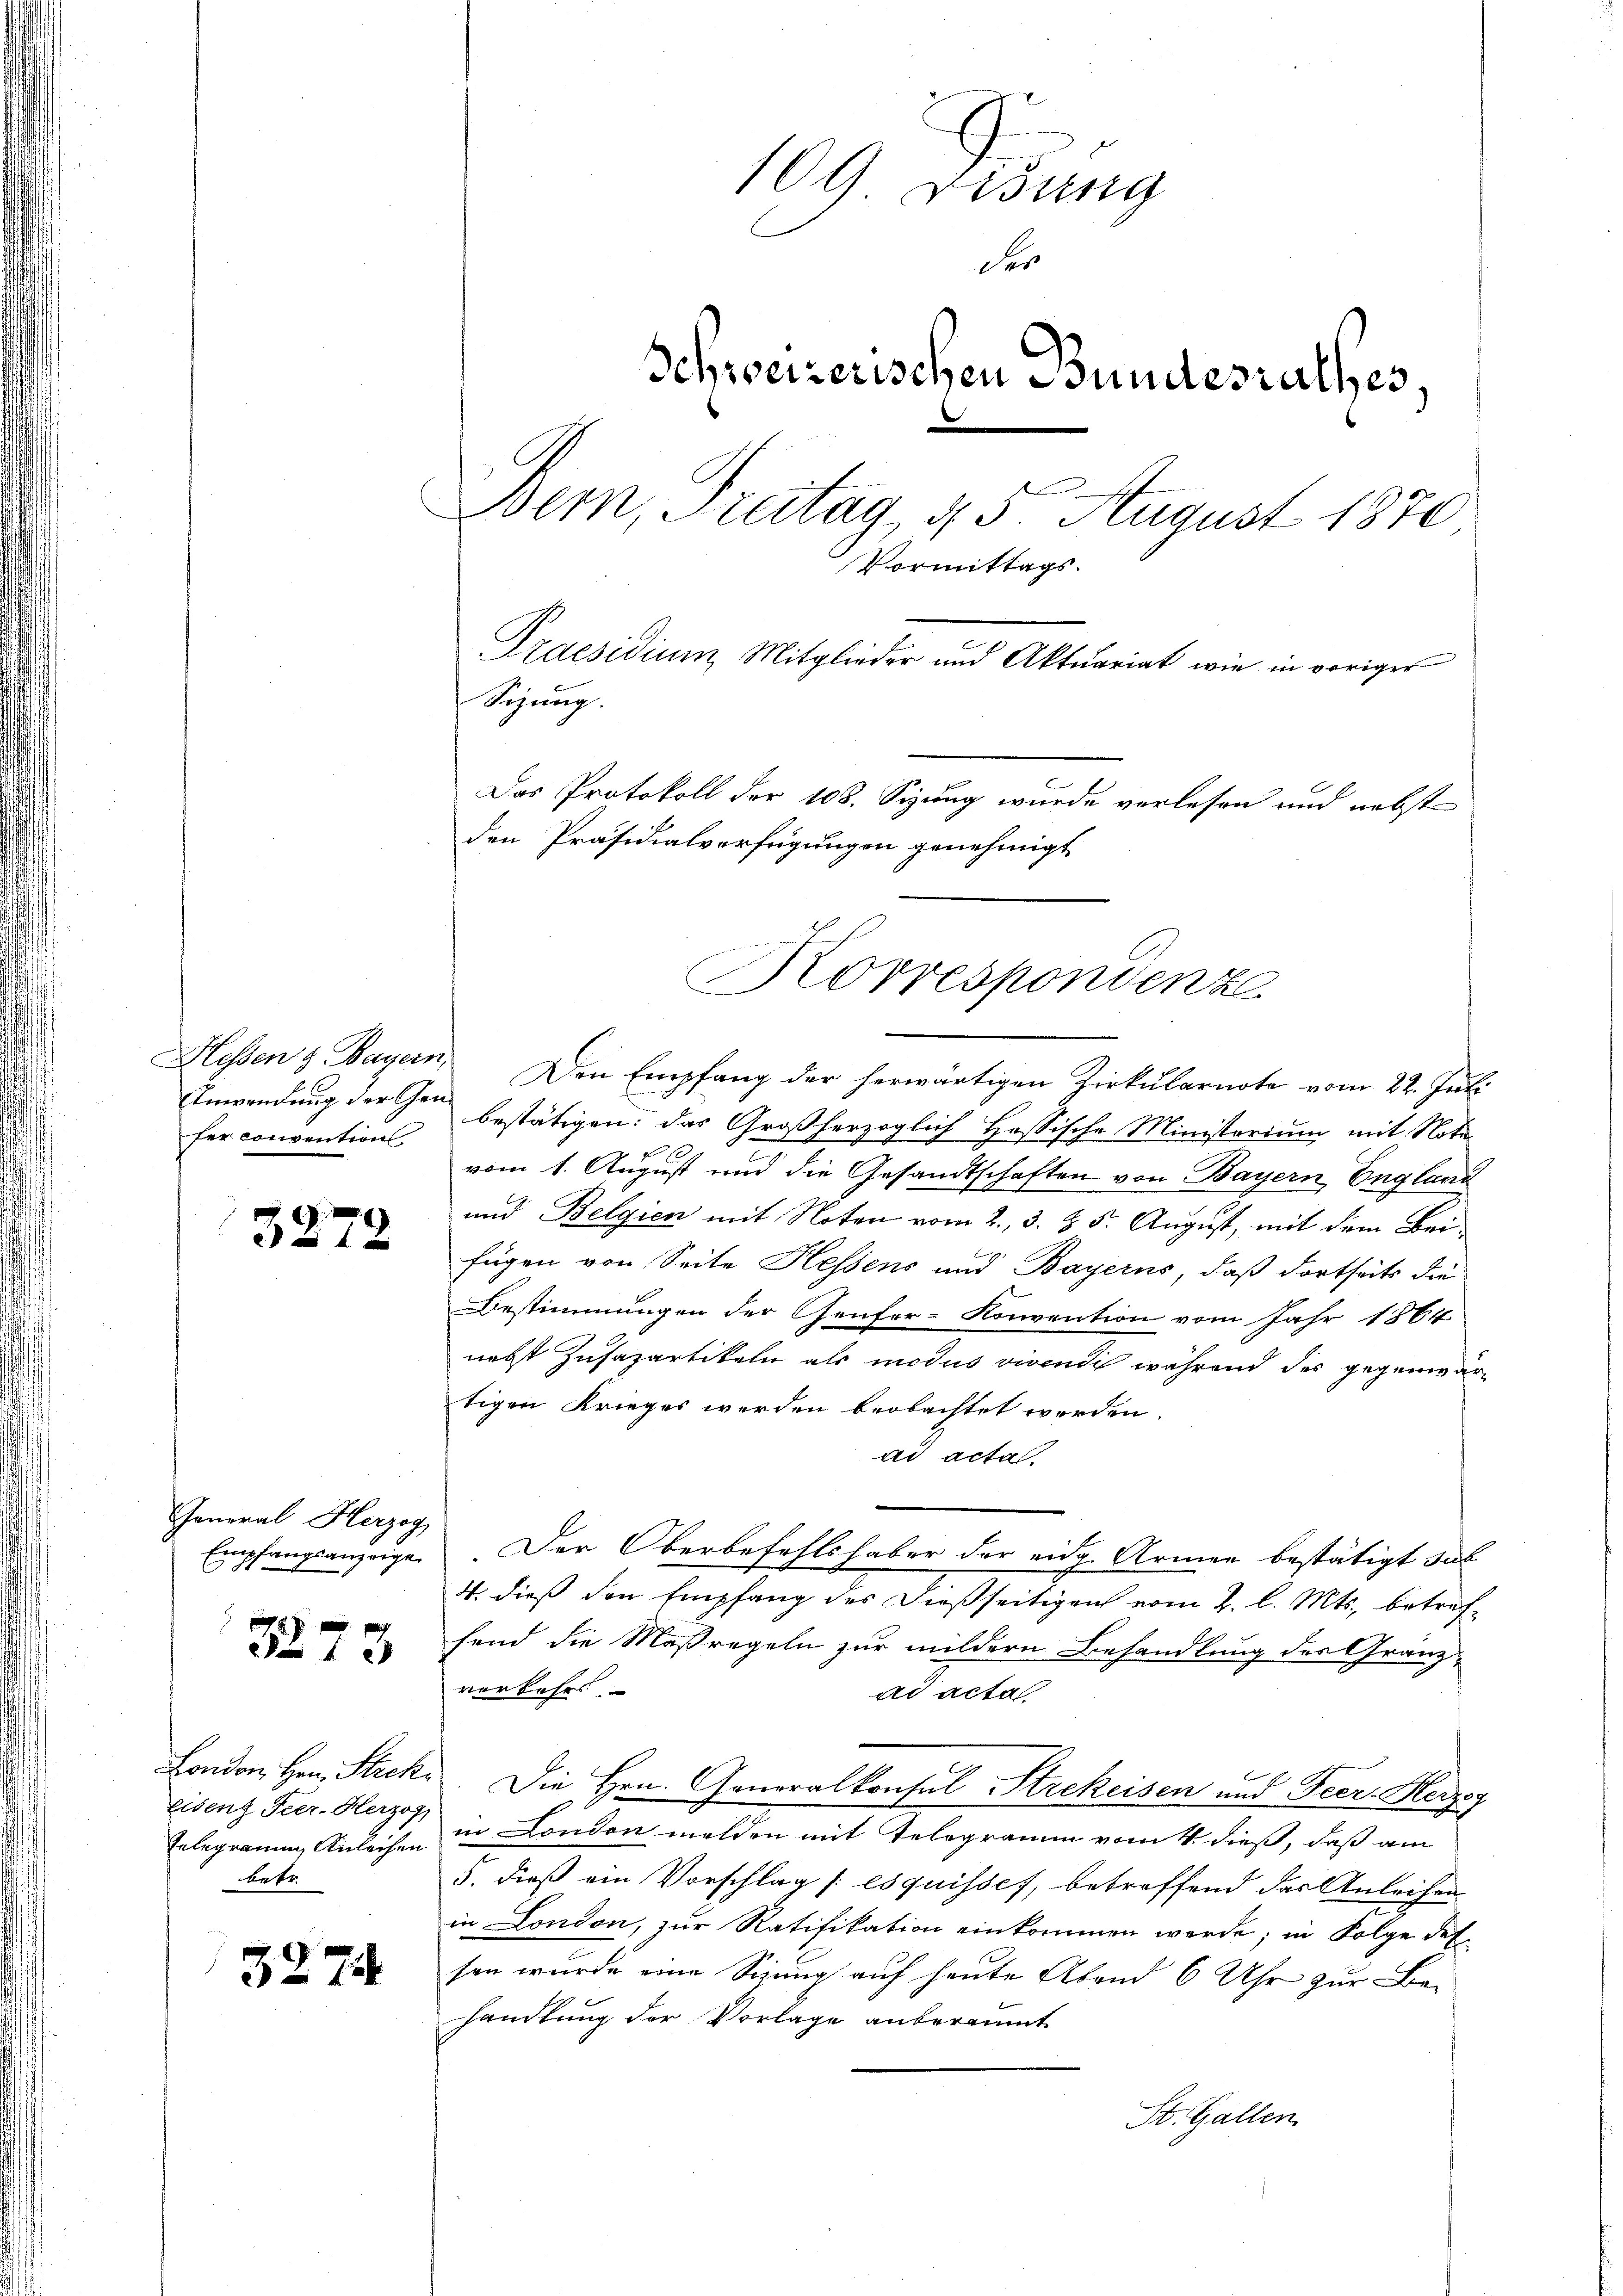
Anwendung der Gen.
fer convention

3272

Joneral Herzog
Empfangsanzeige

3273

London, Hrn. Strek
Eisen Tier-Herzog,
Telegramm Anleihen
betr.

3274

109 visung
der
Schweizerischen Bundesrathes.
Bem, Freitag 45. August 1870
Vormittags.
Praesidium Mitglieder und Aktuariat wie in voriger
Sizung.
Das Protokoll der 108. Sizung wurde verlesen und nebst
den Präsidialverfügungen genehmigt

Korrespondenz

Hessen & Bayern, Den Empfang der herwärtigen Zirkularnote vom 22. Juli
bestätigen: das Großherzoglich Hessische Ministorium mit Nota
vom 1. August und die Gesandtschaften von Bayern England
und Belgien mit Noten vom 2. 3. §. 5. August, mit dem Beifügen von Seite Hessens und Bayerns, daß dortseits die
Bestimmungen der Genfer-Konvention vom Jahr 1864
nebst Zusazartikeln als modus vivendi während des gegenwärtigen Krieges werden beobachtet worden.
ad acta.
Der Oberbefehlshaber der eidg. Armen bestätigt das
4. dieß den Empfang des dießseitigen vom 2. l. Mts., betreffend die Maßregeln zur mildern Behandlung der Gränzvorkehrt.
ad acta
Die Hrn. Generalkonsul Strekeisen und Feer. Herzog
in London melden mit Telegramm vom 4. dieß, daß am
5. dieß ein Vorschlag [esquisses, betreffend das Anleihen
in London, zur Ratifikation einkommen werde; in Folge des
sen wurde eine Sizung auf heute Abend 6 Uhr zur Be-
handlung der Vorlage anberaumt
St. Gallen.